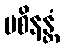
ပစိနန္တံ